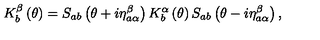
K _ { b } ^ { \beta } \left( \theta \right) = S _ { a b } \left( \theta + i \eta _ { a \alpha } ^ { \beta } \right) K _ { b } ^ { \alpha } \left( \theta \right) S _ { a b } \left( \theta - i \eta _ { a \alpha } ^ { \beta } \right) ,